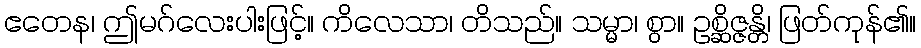
ဧတေန၊ ဤမဂ်လေးပါးဖြင့်။ ကိလေသာ၊ တိသည်။ သမ္မာ၊ စွာ။ ဥစ္ဆိဇ္ဇန္တိ၊ ဖြတ်ကုန်၏။